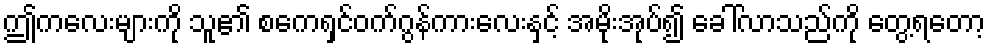
ဤကလေးများကို သူ၏ စကေရှင်ဝက်ဂွန်ကားလေးနှင့် အမိုးအုပ်၍ ခေါ်လာသည်ကို တွေ့ရတော့